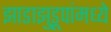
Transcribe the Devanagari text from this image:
झाडाझुडूपांमध्ये